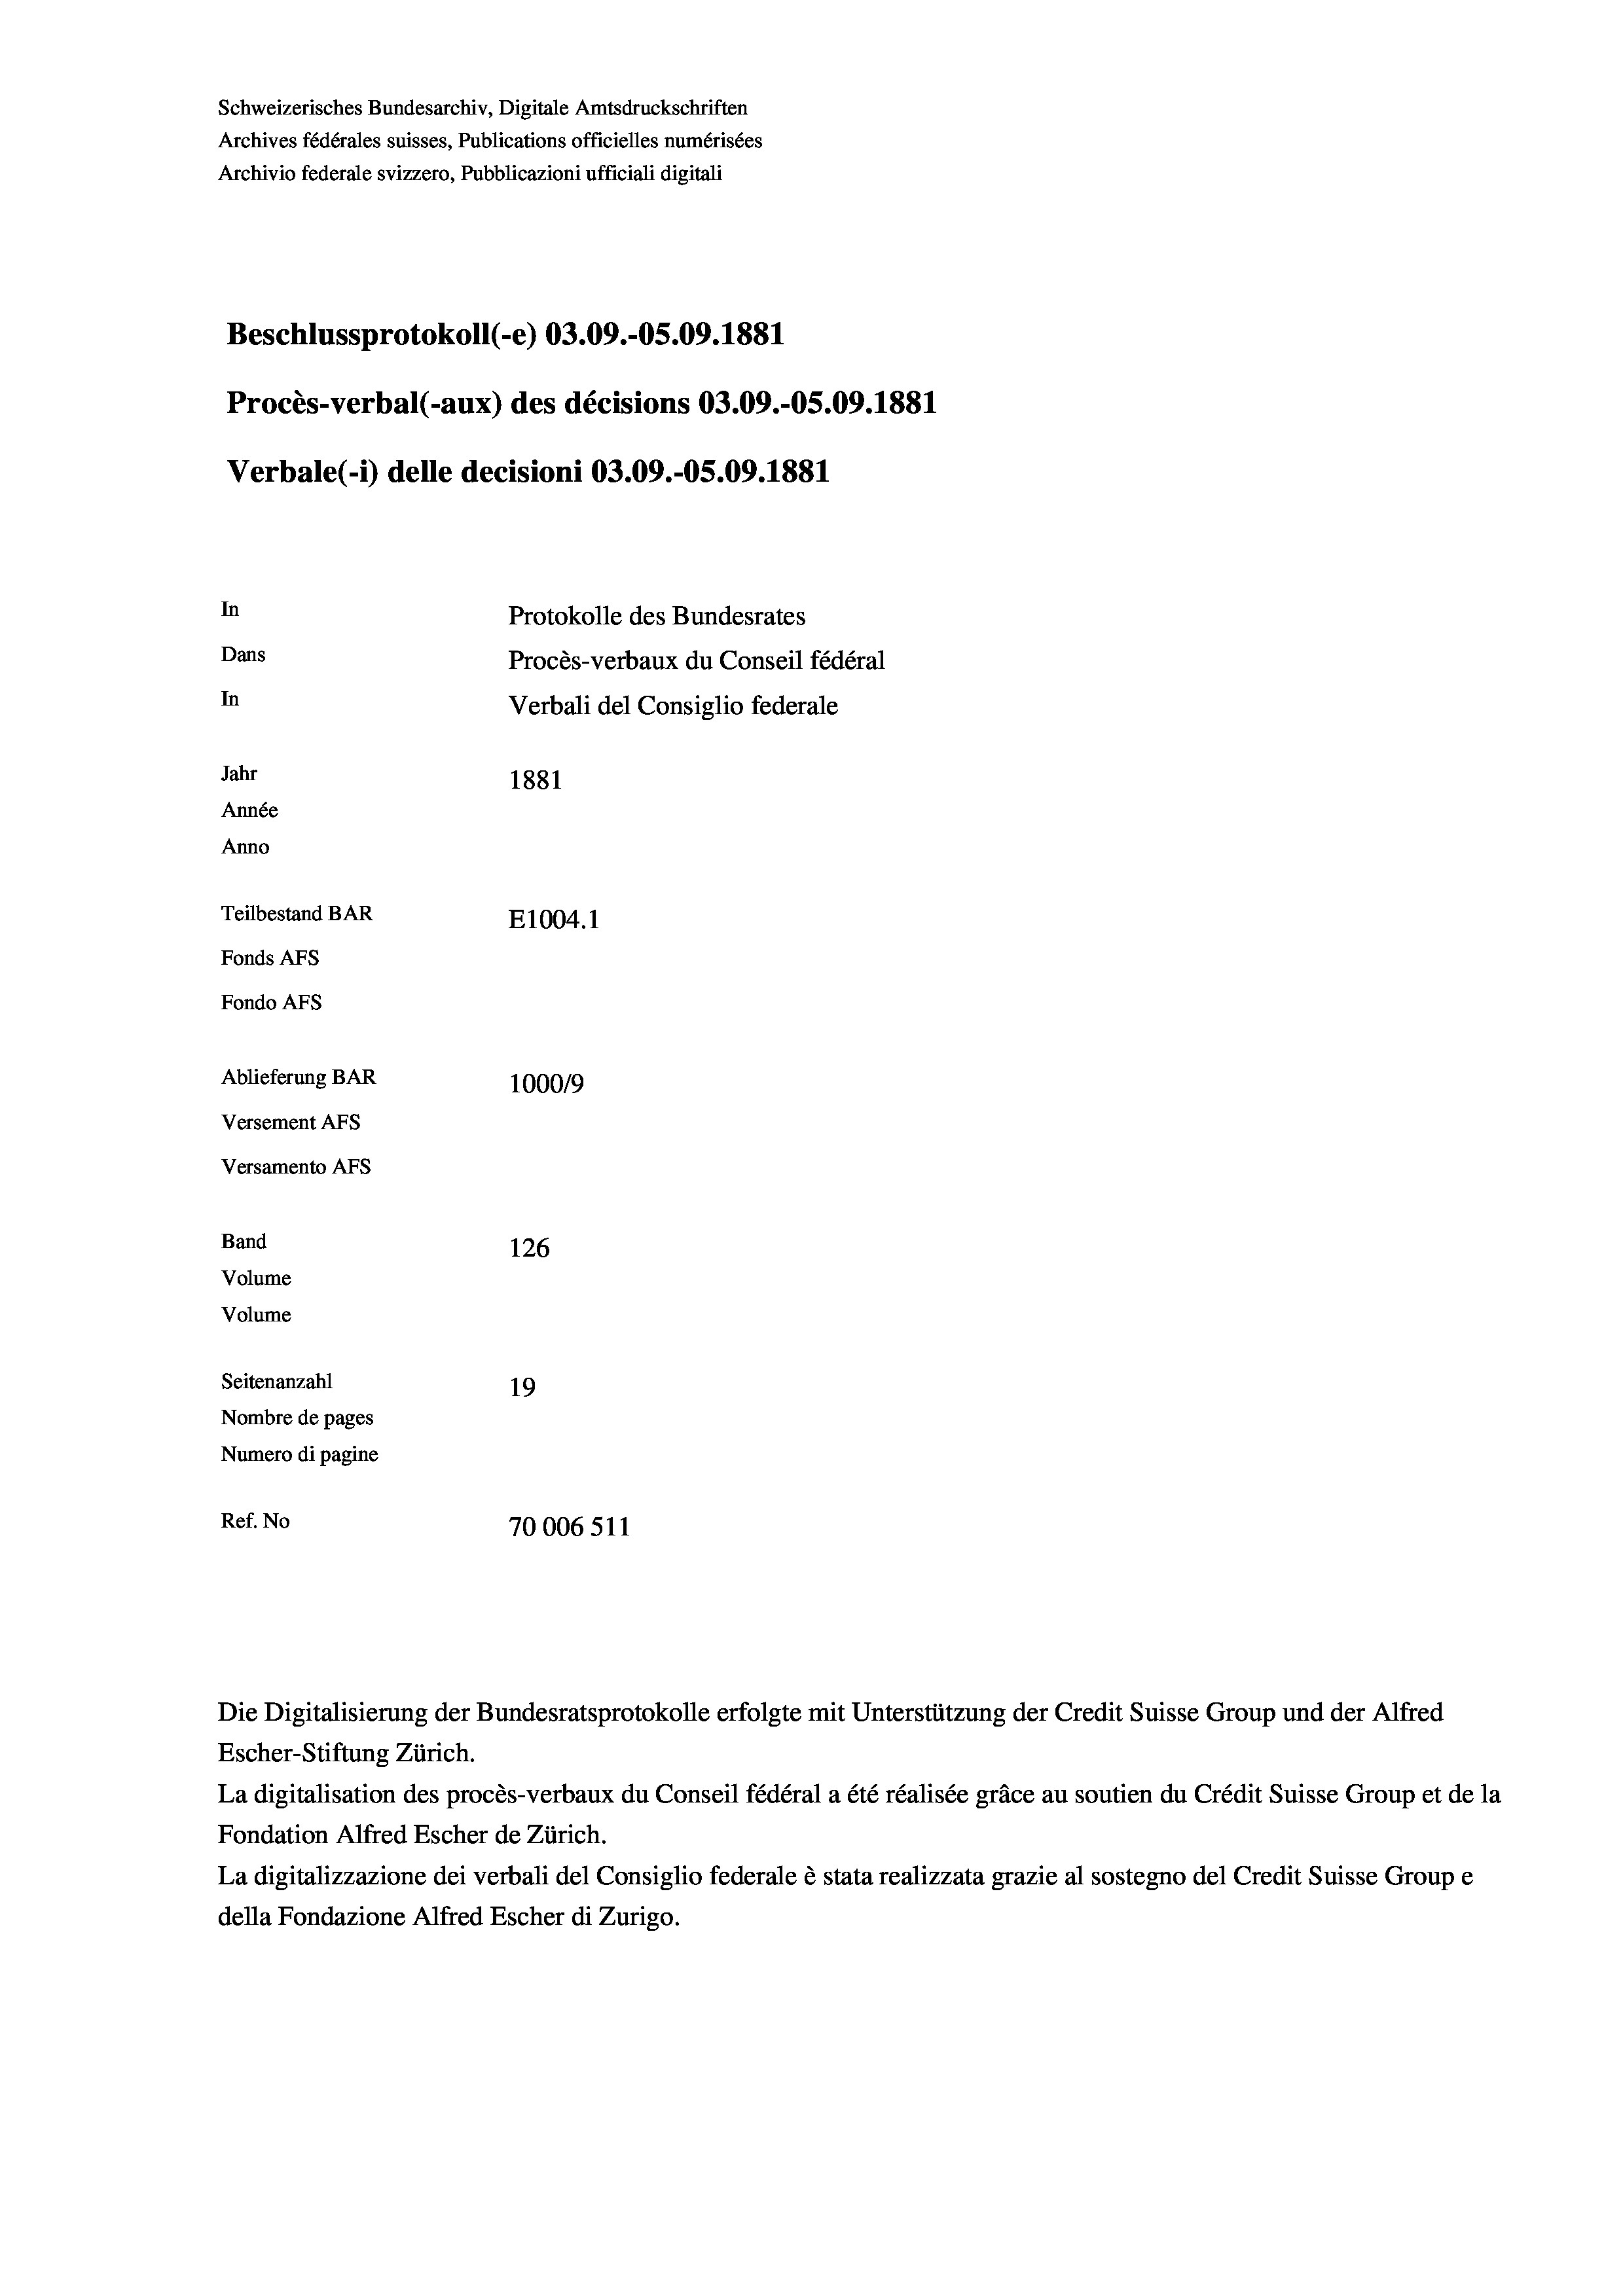
Schweizerisches Bundesarchiv, Digitale Amtsdruckschriften
Archives fédérales suisses, Publications officielles numérisées
Archivio federale svizzero, Pubblicazioni ufficiali digitali
Beschlussprotokoll (-e) 03.09.-05.09. 1881
Procès-verbal (-aux) des décisions 03.09.-05.09. 1881
Verbale (1) delle decisioni 03.09.-O5.09. 1881
In
Protokolle des Bundesrates
Dans
Procès-verbaux du Conseil fédéral
In
Verbali del Consiglio federale
Jahr
1881
Année
Anno
Teilbestand BAR
E1004. 1
Fonds AFs
Fondo Afs
Ablieferung BAR
100019
Versement AFs
Versamento Afs
Band
126
Volume
Volume
Seitenanzahl
19
Nombre de pages
Numero di pagine
Ref. No
70006511

Die Digitalisierung der Bundesratsprotokolle erfolgte mit Unterstützung der Credit Suisse Group und der Alfred
Escher-Stiftung Zürich.
La digitalisation des procès-verbaux du Conseil fédéral a été réalisée gräce au soutien du Crédit Suisse Group et de la
Fondation Alfred Escher de Zürich.
La digitalizzazione dei verbali del Consiglio federale è stata realizzata grazie al sostegno del Credit Suisse Groupe
della Fondazione Alfred Escher di Zurigo.